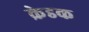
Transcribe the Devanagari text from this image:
क्रेडक